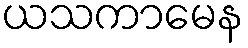
ယသကာမေန